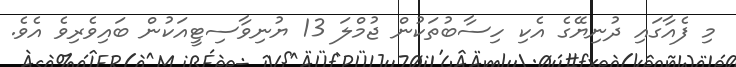
މި ފެއާގައި ދުނިޔޭގެ އެކި ހިސާބުތަކުން ޖުމްލަ 13 ޔުނިވާސިޓީއަކުން ބައިވެރިވެ އެވެ.